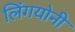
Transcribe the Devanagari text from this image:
लिंगयोनी